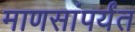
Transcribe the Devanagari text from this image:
माणसांपर्यंत